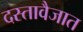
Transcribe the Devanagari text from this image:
दस्तावैजात